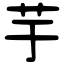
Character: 芋